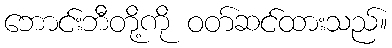
ဘောင်းဘီတို့ကို ဝတ်ဆင်ထားသည်။